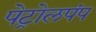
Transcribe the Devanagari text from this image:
पेट्रोलपंप